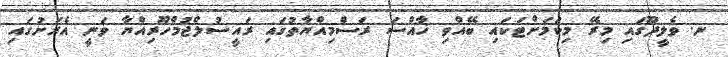
ނ. ވެލީދޫގައި މިރޭ މިކަމަށްޓަކައި ބޭއްވި ޚާއްސަ ރަސްމިއްޔާތުގައި ރައީސުލްޖުމްހޫރިއްޔާ ވަނީ އެރަށުގައި